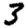
Digit: 3